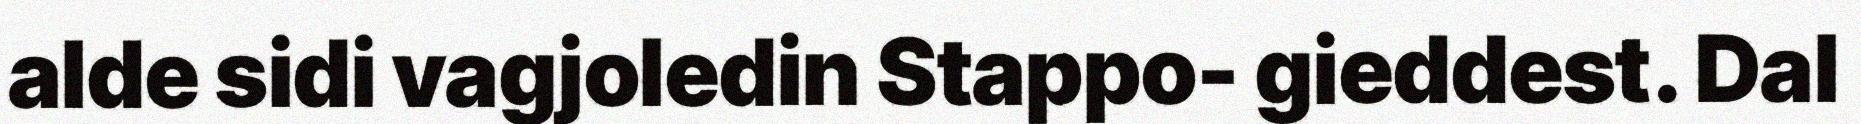
alde sidi vagjoledin Stappo- gieddest. Dal